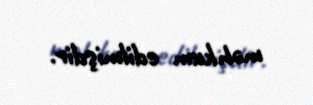
məhkum edilmişdir.